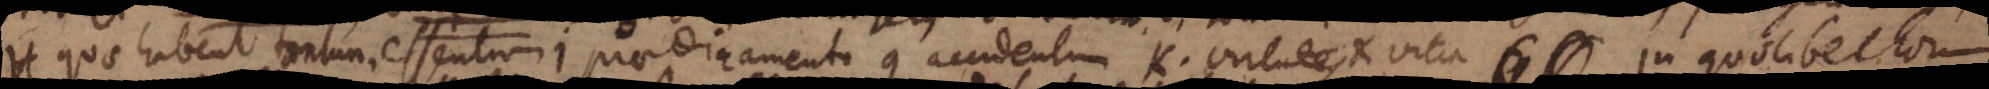
H. quae habent tantum essentiam. I. praedicamenta. K. accident[ia]. L. virtutes et vitia in quolibet horum